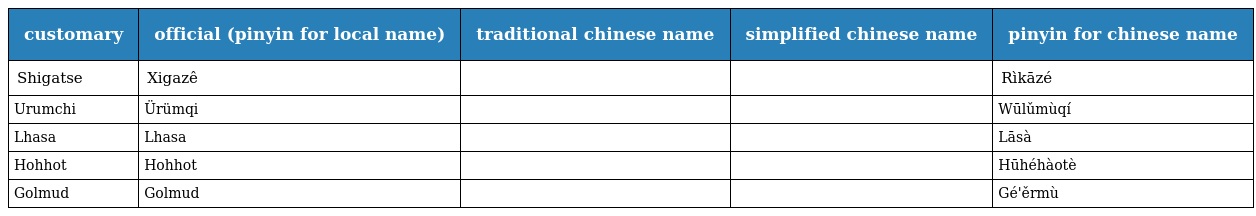
| customary | official (pinyin for local name) | traditional chinese name | simplified chinese name | pinyin for chinese name |
 | --- | --- | --- | --- | --- |
 | Shigatse | Xigazê | 日喀則 | 日喀则 | Rìkāzé |
 | Urumchi | Ürümqi | 烏魯木齊 | 乌鲁木齐 | Wūlǔmùqí |
 | Lhasa | Lhasa | 拉薩 | 拉萨 | Lāsà |
 | Hohhot | Hohhot | 呼和浩特 | 呼和浩特 | Hūhéhàotè |
 | Golmud | Golmud | 格爾木 | 格尔木 | Gé'ěrmù |